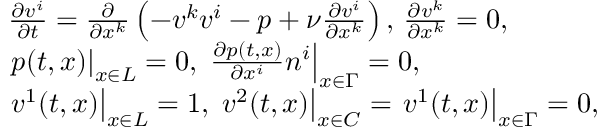
\begin{array} { r l } & { \frac { \partial v ^ { i } } { \partial t } = \frac { \partial } { \partial x ^ { k } } \left( - v ^ { k } v ^ { i } - p + \nu \frac { \partial v ^ { i } } { \partial x ^ { k } } \right) , \, \frac { \partial v ^ { k } } { \partial x ^ { k } } = 0 , } \\ & { \left. p ( t , x ) \right| _ { x \in L } = 0 , \, \left. \frac { \partial p ( t , x ) } { \partial x ^ { i } } n ^ { i } \right| _ { x \in \Gamma } = 0 , } \\ & { \left. v ^ { 1 } ( t , x ) \right| _ { x \in L } = 1 , \, \left. v ^ { 2 } ( t , x ) \right| _ { x \in C } = \left. v ^ { 1 } ( t , x ) \right| _ { x \in \Gamma } = 0 , } \end{array}